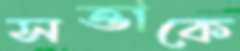
সত্তাকে